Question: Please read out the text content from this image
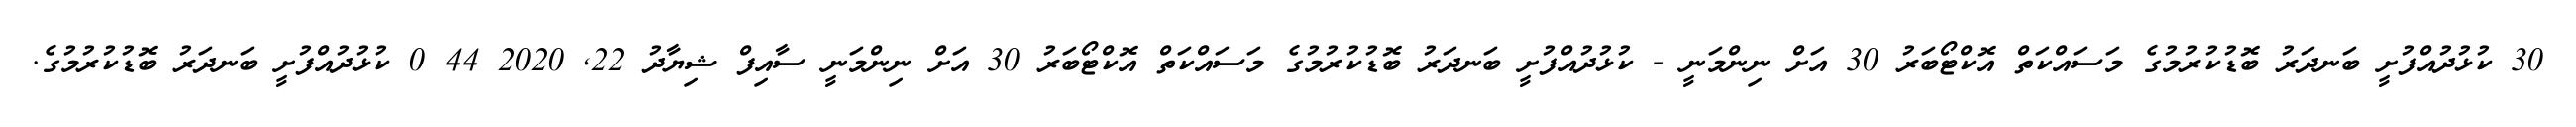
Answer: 30 ކުޅުދުއްފުށީ ބަނދަރު ބޮޑުކުރުމުގެ މަސައްކަތް އޮކްޓޯބަރު 30 އަށް ނިންމަނީ - ކުޅުދުއްފުށީ ބަނދަރު ބޮޑުކުރުމުގެ މަސައްކަތް އޮކްޓޯބަރު 30 އަށް ނިންމަނީ ސާއިފް ޝިޔާދު 22, 2020 44 0 ކުޅުދުއްފުށީ ބަނދަރު ބޮޑުކުރުމުގެ.